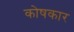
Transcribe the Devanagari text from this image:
काेषकार